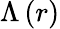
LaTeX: \Lambda\left(r\right)